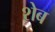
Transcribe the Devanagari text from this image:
शेब